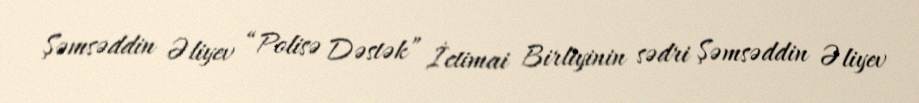
Şəmsəddin Əliyev “Polisə Dəstək” İctimai Birliyinin sədri Şəmsəddin Əliyev